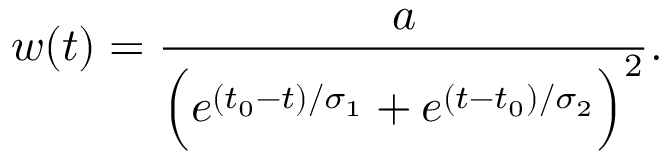
w ( t ) = \frac { a } { \Big ( e ^ { ( t _ { 0 } - t ) / \sigma _ { 1 } } + e ^ { ( t - t _ { 0 } ) / \sigma _ { 2 } } \Big ) ^ { 2 } } .